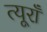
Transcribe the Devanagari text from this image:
त्यूराँ